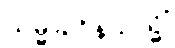
သမ္မုခါဝိနယသ္မိံ